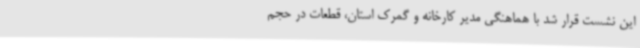
این نشست قرار شد با هماهنگی مدیر کارخانه و گمرک استان، قطعات در حجم